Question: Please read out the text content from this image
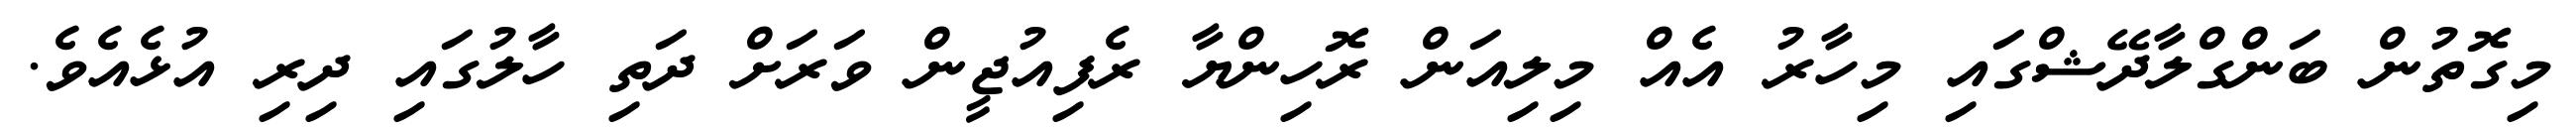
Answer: މިގޮތުން ބަންގްލާދޭޝްގައި މިހާރު އެއް މިލިއަން ރޮހިންޔާ ރެފިއުޖީން ވަރަށް ދަތި ހާލުގައި ދިރި އުޅެއެވެ.